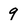
Character: 9